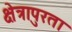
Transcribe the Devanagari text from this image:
क्षेत्रापुरता